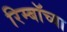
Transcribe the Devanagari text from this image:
रिम्बॉच्या